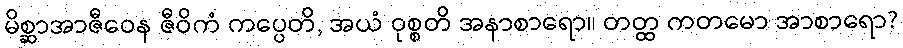
မိစ္ဆာအာဇီဝေန ဇီဝိကံ ကပ္ပေတိ, အယံ ဝုစ္စတိ အနာစာရော။ တတ္ထ ကတမော အာစာရော?